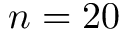
n = 2 0